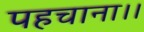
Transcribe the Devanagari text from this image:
पहचाना।।